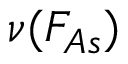
\nu ( F _ { A s } )